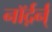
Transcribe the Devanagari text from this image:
नॉर्द़र्न्